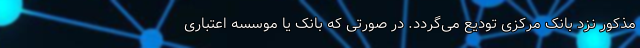
مذکور نزد بانک مرکزی تودیع می‌گردد. در صورتی که بانک یا موسسه اعتباری